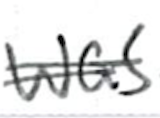
Text: was
Cross-out: double-line
Writing tool: ballpoint